Annual report on the working of the mental hospitals in the Madras Presidency - 1912-1932
Year: 1912
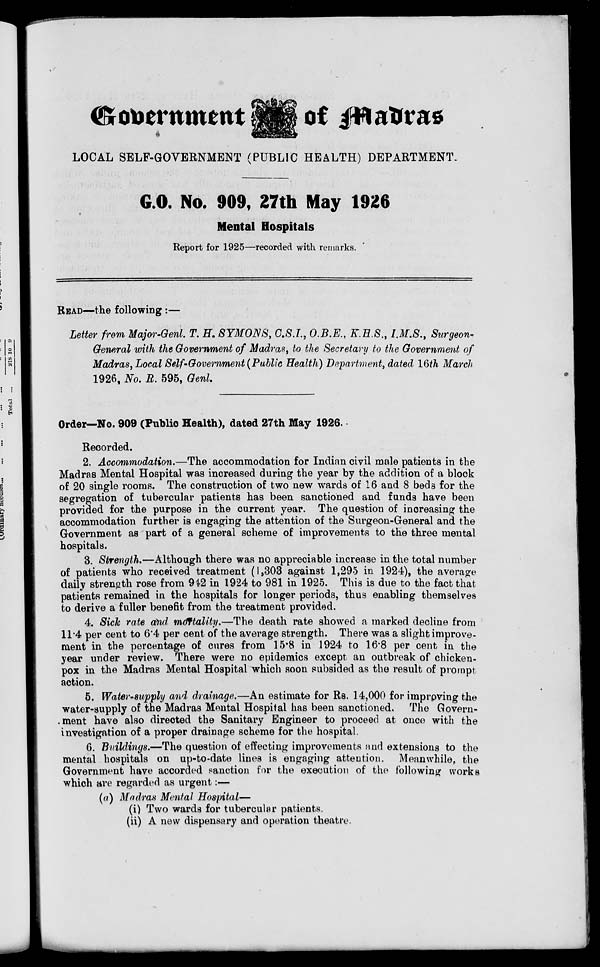
Government
of Madras
LOCAL SELF-GOVERNMENT (PUBLIC HEALTH) DEPARTMENT.
G.O. No. 909, 27th May 1926
Mental Hospitals
Report for 1925—recorded with remarks.
READ—the following:—
Letter from Major-Genl. T. H. SYMONS, C.S.I., O.B.E., K.H.S., I.M.S., Surgeon-
General with the Government of Madras, to the Secretary to the Government of
Madras, Local Self-Government (Public Health) Department, dated 16th March
1926, No. R. 595, Genl.
Order—No. 909 (Public Health), dated 27th May 1926.
Recorded.
2. Accommodation.—The accommodation for Indian civil male patients in the
Madras Mental Hospital was increased during the year by the addition of a block
of 20 single rooms. The construction of two new wards of 16 and 8 beds for the
segregation of tubercular patients has been sanctioned and funds have been
provided for the purpose in the current year. The question of increasing the
accommodation further is engaging the attention of the Surgeon-General and the
Government as part of a general scheme of improvements to the three mental
hospitals.
3. Strength.—Although there was no appreciable increase in the total number
of patients who received treatment (1,303 against 1,295 in 1924), the average
daily strength rose from 942 in 1924 to 981 in 1925. This is due to the fact that
patients remained in the hospitals for longer periods, thus enabling themselves
to derive a fuller benefit from the treatment provided.
4. Sick rate and mortality.—The death rate showed a marked decline from
11.4 per cent to 6.4 per cent of the average strength. There was a slight improve-
ment in the percentage of cures from 15.8 in 1924 to 16.8 per cent in the
year under review. There were no epidemics except an outbreak of chicken-
pox in the Madras Mental Hospital which soon subsided as the result of prompt
action.
5. Water-supply and drainage.—An estimate for Rs. 14,000 for improving the
water-supply of the Madras Mental Hospital has been sanctioned. The Govern-
ment have also directed the Sanitary Engineer to proceed at once with the
investigation of a proper drainage scheme for the hospital.
6. Buildings.—The question of effecting improvements and extensions to the
mental hospitals on up-to-date lines is engaging attention. Meanwhile, the
Government have accorded sanction for the execution of the following works
which are regarded as urgent :—
(a) Madras Mental Hospital—
(i) Two wards for tubercular patients.
(ii) A new dispensary and operation theatre.